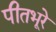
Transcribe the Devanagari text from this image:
पीतभूरे